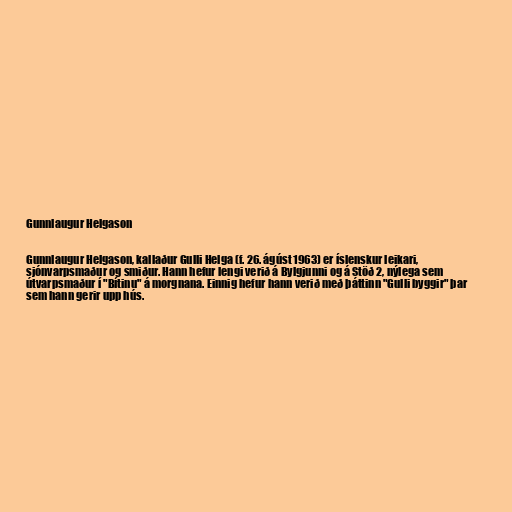
Gunnlaugur Helgason

Gunnlaugur Helgason, kallaður Gulli Helga (f. 26. ágúst 1963) er íslenskur leikari,
sjónvarpsmaður og smiður. Hann hefur lengi verið á Bylgjunni og á Stöð 2, nýlega sem
útvarpsmaður í "Bítinu" á morgnana. Einnig hefur hann verið með þáttinn "Gulli byggir" þar
sem hann gerir upp hús.